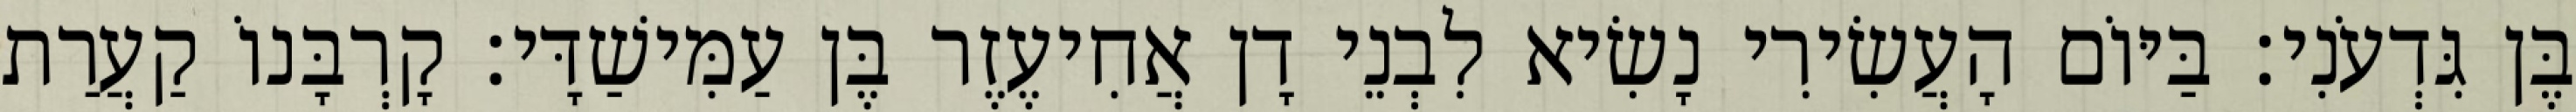
בֶּן גִּדְעֹנִי׃ בַּיּוֹם הָעֲשִׂירִי נָשִׂיא לִבְנֵי דָן אֲחִיעֶזֶר בֶּן עַמִּישַׁדָּי׃ קָרְבָּנוֹ קַעֲרַת